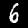
Digit: 6